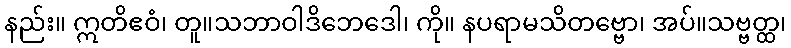
နည်း။ ဣတိဧဝံ၊ တူ။သဘာဝါဒိဘေဒေါ၊ ကို။ နပရာမသိတဗ္ဗော၊ အပ်။သဗ္ဗတ္ထ၊